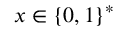
x \in \{ 0 , 1 \} ^ { * }